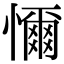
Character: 𢣚